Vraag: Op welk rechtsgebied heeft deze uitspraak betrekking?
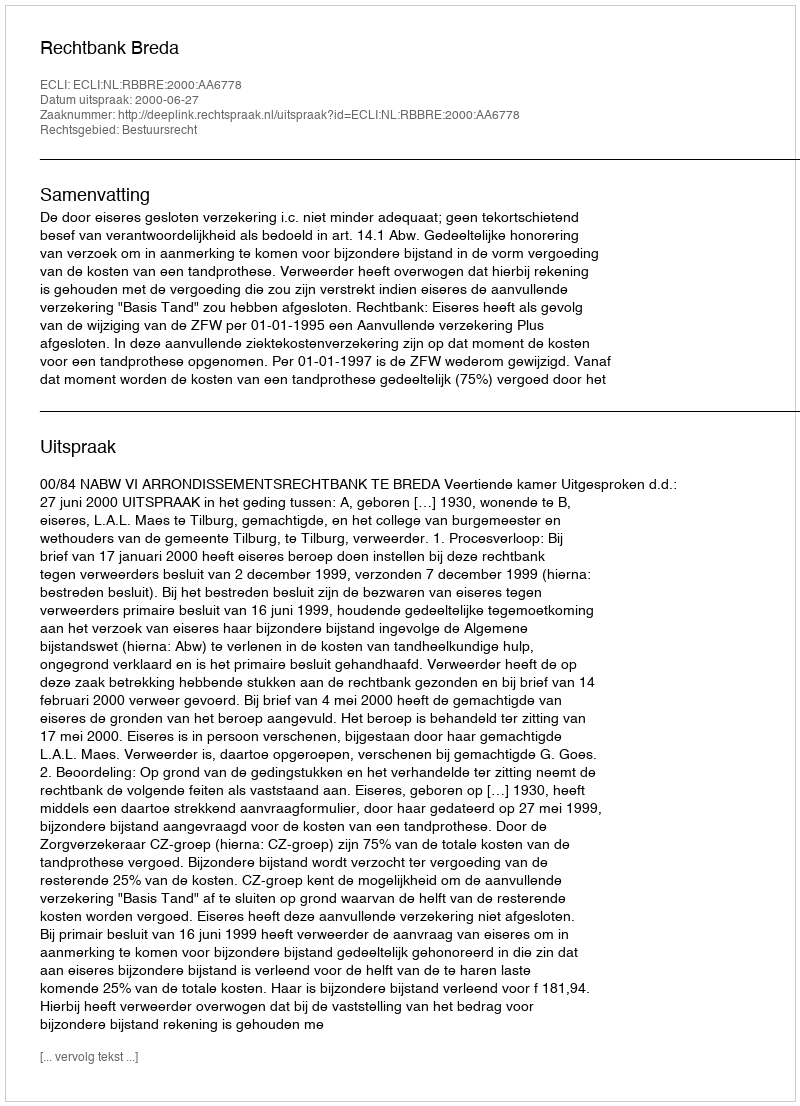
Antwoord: Bestuursrecht